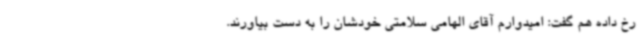
رخ داده هم گفت: امیدوارم آقای الهامی سلامتی خودشان را به دست بیاورند.